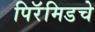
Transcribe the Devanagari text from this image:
पिरॅमिडचे